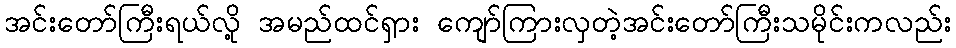
အင်းတော်ကြီးရယ်လို့ အမည်ထင်ရှား ကျော်ကြားလှတဲ့အင်းတော်ကြီးသမိုင်းကလည်း